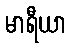
မာရီယာ